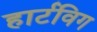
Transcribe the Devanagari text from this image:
हार्टविग